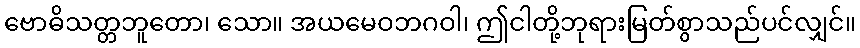
ဗောဓိသတ္တဘူတော၊ သော။ အယမေဝဘဂဝါ၊ ဤငါတို့ဘုရားမြတ်စွာသည်ပင်လျှင်။